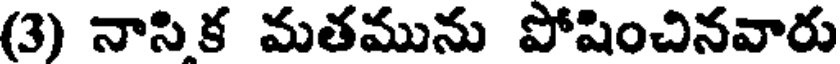
(3) నాసిక మతమును పోషించినవారు